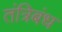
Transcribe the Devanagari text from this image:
तंत्रिबंध